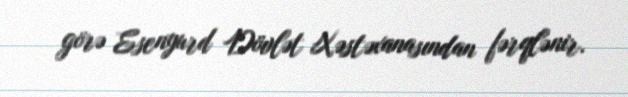
görə Esenyurd Dövlət Xəstəxanasından fərqlənir.